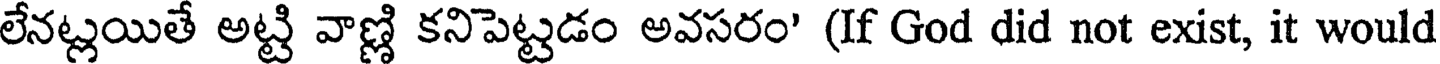
లేనట్లయితే అట్టి వాణ్ణి కనిపెట్టడం అవసరం' (If God did not exist, it would